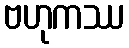
ဗဟုကဿ